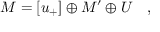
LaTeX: M = \left[ u _ { + } \right] \oplus M ^ { \prime } \oplus U \quad ,